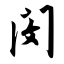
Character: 闵